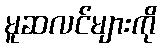
မူဆလင်များကို